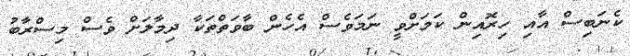
ކެނަބިސް އާއި ހިރޮއިން ކަމަށްވީ ނަމަވެސް އެހެން ބާވަތްތަކާ ދިމާލަށް ވެސް މިސްރާބު